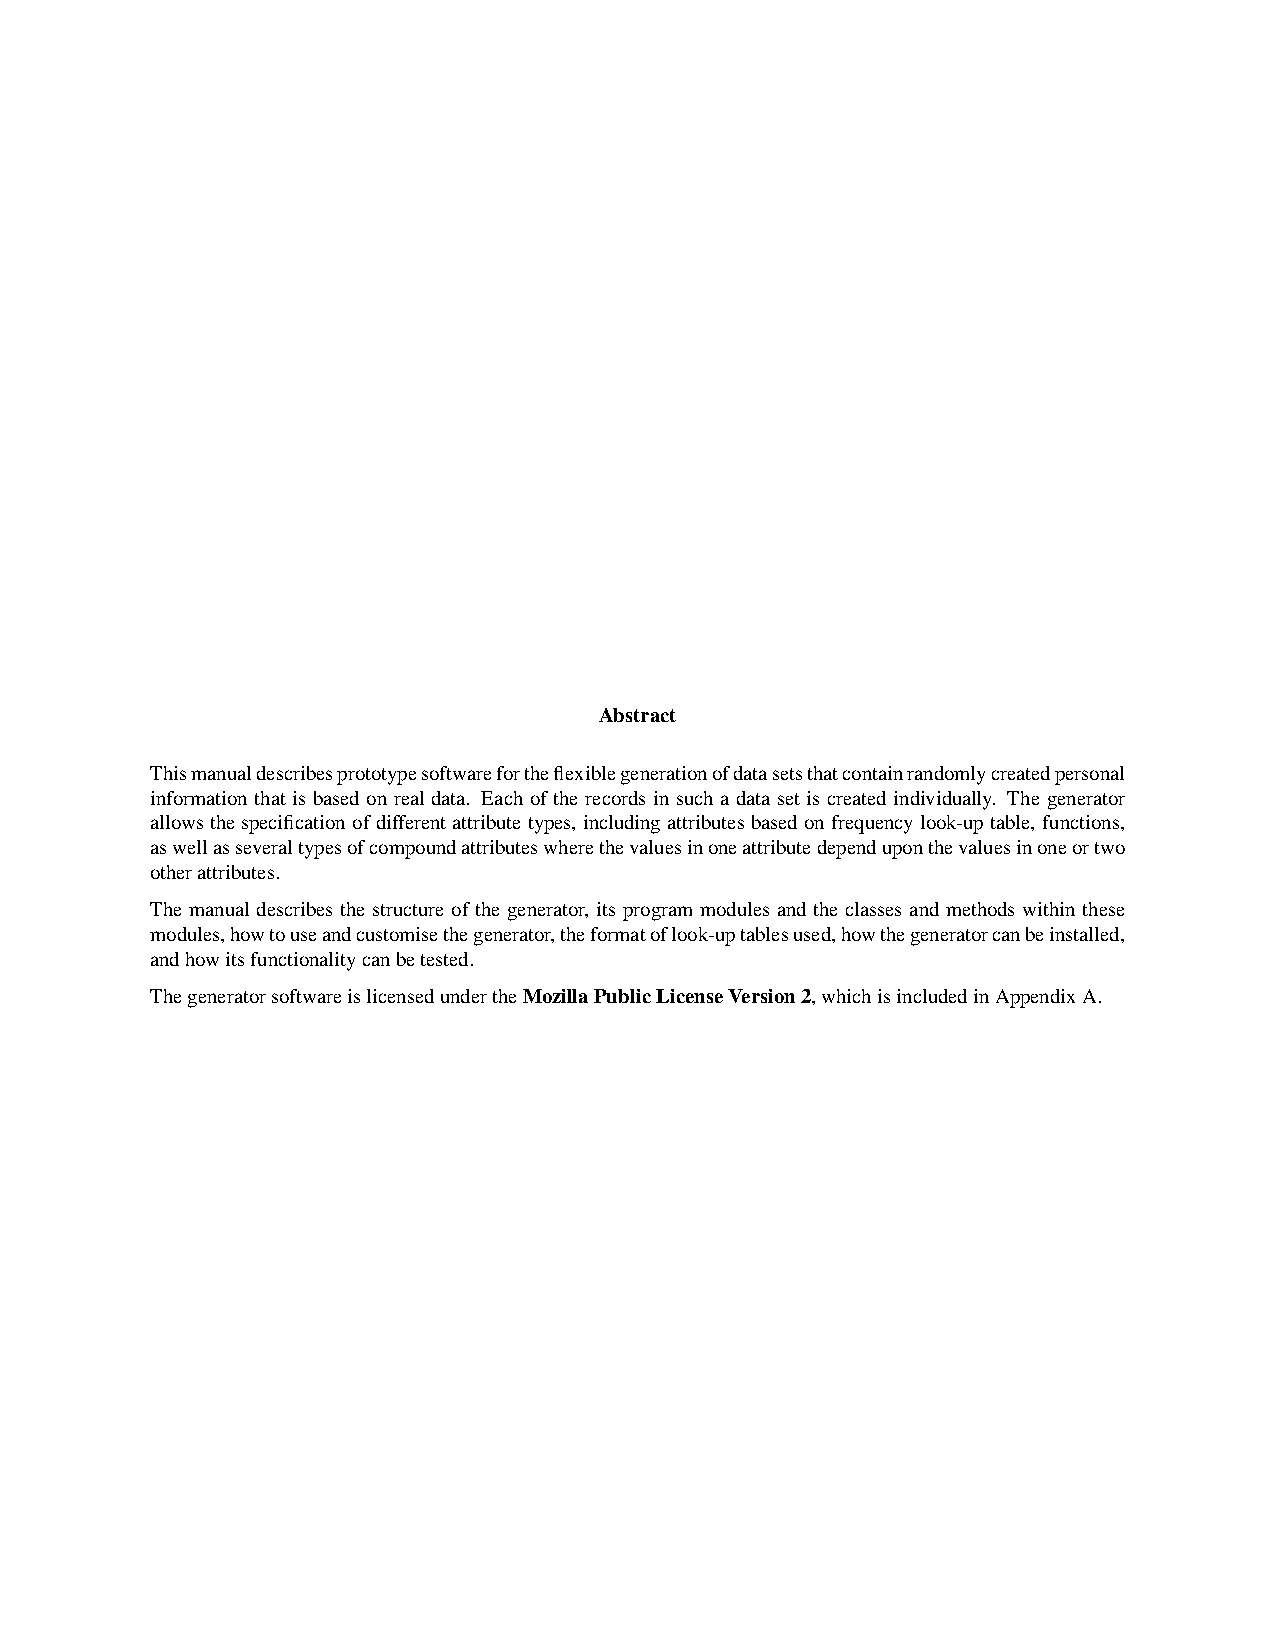
Abstract
 Thismanualdescribesprototypesoftwarefortheflexiblegenerationofdatasetsthatcontainrandomlycreatedpersonal
 information that is based on real data. Each of the records in such a data set is created individually. The generator
 allowsthespecificationofdifferentattributetypes, includingattributesbasedonfrequencylook-uptable, functions,
 aswellasseveraltypesofcompoundattributeswherethevaluesinoneattributedependuponthevaluesinoneortwo
 otherattributes.
 The manual describes the structure of the generator, its program modules and the classes and methods within these
 modules,howtouseandcustomisethegenerator,theformatoflook-uptablesused,howthegeneratorcanbeinstalled,
 andhowitsfunctionalitycanbetested.
 ThegeneratorsoftwareislicensedundertheMozillaPublicLicenseVersion2,whichisincludedinAppendixA.